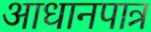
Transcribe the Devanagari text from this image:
आधानपात्र